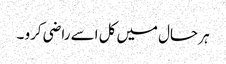
ہر حال میں کل اسے راضی کرو ۔